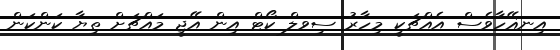
އިނޣޭހާވެސް އެއްޗަކީ މިހާރު ސިވލް ކޯޓް އިން އޭޖީ މައްޗަށް ތިޔާ ކަންކަން